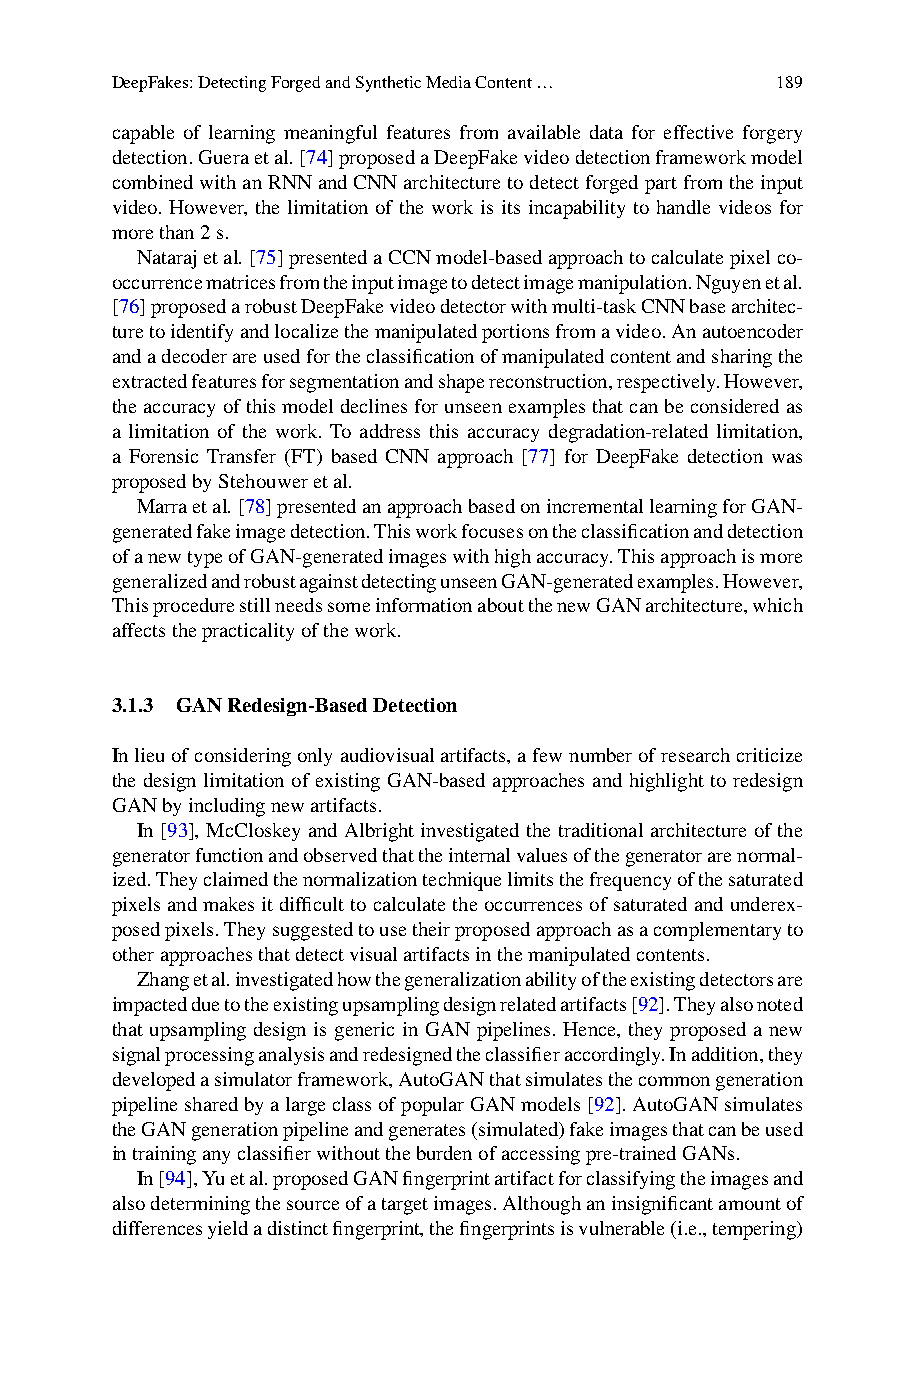
DeepFakes:DetectingForgedandSyntheticMediaContent… 189
 capable of learning meaningful features from available data for effective forgery
 detection.Gueraetal.[74]proposedaDeepFakevideodetectionframeworkmodel
 combinedwithanRNNandCNNarchitecturetodetectforgedpartfromtheinput
 video. However, the limitation of the work is its incapability to handle videos for
 morethan2s.
 Natarajetal.[75]presentedaCCNmodel-basedapproachtocalculatepixelco-
 occurrencematricesfromtheinputimagetodetectimagemanipulation.Nguyenetal.
 [76]proposedarobustDeepFakevideodetectorwithmulti-taskCNNbasearchitec-
 turetoidentifyandlocalizethemanipulatedportionsfromavideo.Anautoencoder
 andadecoderareusedfortheclassificationofmanipulatedcontentandsharingthe
 extractedfeaturesforsegmentationandshapereconstruction,respectively.However,
 theaccuracyofthismodeldeclinesforunseenexamplesthatcanbeconsideredas
 a limitation of the work. To address this accuracy degradation-related limitation,
 a Forensic Transfer (FT) based CNN approach [77] for DeepFake detection was
 proposedbyStehouweretal.
 Marraetal.[78]presentedanapproachbasedonincrementallearningforGAN-
 generatedfakeimagedetection.Thisworkfocusesontheclassificationanddetection
 ofanewtypeofGAN-generatedimageswithhighaccuracy.Thisapproachismore
 generalizedandrobustagainstdetectingunseenGAN-generatedexamples.However,
 ThisprocedurestillneedssomeinformationaboutthenewGANarchitecture,which
 affectsthepracticalityofthework.
 3.1.3 GANRedesign-BasedDetection
 Inlieuofconsideringonlyaudiovisualartifacts,afewnumberofresearchcriticize
 the design limitation of existing GAN-based approaches and highlight to redesign
 GANbyincludingnewartifacts.
 In [93], McCloskey and Albright investigated the traditional architecture of the
 generatorfunctionandobservedthattheinternalvaluesofthegeneratorarenormal-
 ized.Theyclaimedthenormalizationtechniquelimitsthefrequencyofthesaturated
 pixelsandmakesitdifficulttocalculatetheoccurrencesofsaturatedandunderex-
 posedpixels.Theysuggestedtousetheirproposedapproachasacomplementaryto
 otherapproachesthatdetectvisualartifactsinthemanipulatedcontents.
 Zhangetal.investigatedhowthegeneralizationabilityoftheexistingdetectorsare
 impactedduetotheexistingupsamplingdesignrelatedartifacts[92].Theyalsonoted
 that upsampling design is generic in GAN pipelines. Hence, they proposed a new
 signalprocessinganalysisandredesignedtheclassifieraccordingly.Inaddition,they
 developedasimulatorframework,AutoGANthatsimulatesthecommongeneration
 pipelinesharedbyalargeclassofpopularGANmodels[92].AutoGANsimulates
 theGANgenerationpipelineandgenerates(simulated)fakeimagesthatcanbeused
 intraininganyclassifierwithouttheburdenofaccessingpre-trainedGANs.
 In[94],Yuetal.proposedGANfingerprintartifactforclassifyingtheimagesand
 alsodeterminingthesourceofatargetimages.Althoughaninsignificantamountof
 differencesyieldadistinctfingerprint,thefingerprintsisvulnerable(i.e.,tempering)